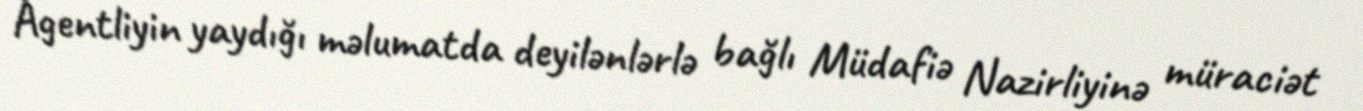
Agentliyin yaydığı məlumatda deyilənlərlə bağlı Müdafiə Nazirliyinə müraciət